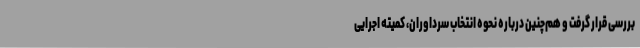
بررسی قرار گرفت و هم‌چنین درباره نحوه انتخاب سرداوران، کمیته اجرایی